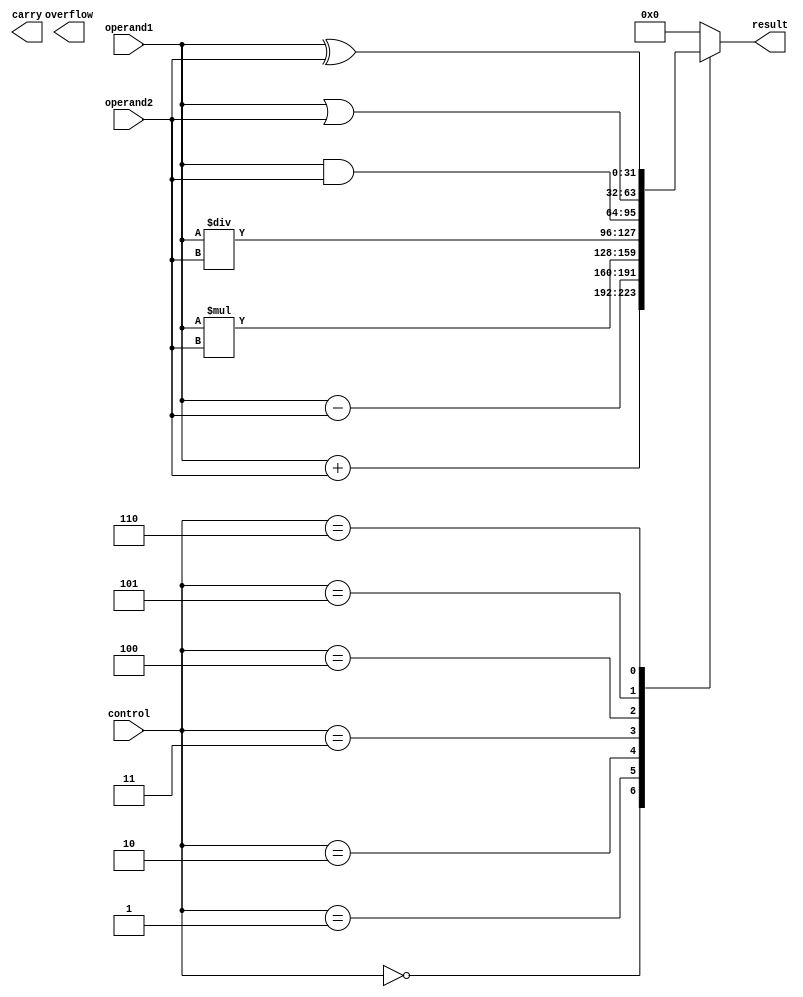
module ALU(
    input [31:0] operand1,
    input [31:0] operand2,
    input [2:0] control,
    output reg [31:0] result,
    output reg carry,
    output reg overflow
);

always @(*)
begin
    case(control)
        3'b000: result = operand1 + operand2; // addition
        3'b001: result = operand1 - operand2; // subtraction
        3'b010: result = operand1 * operand2; // multiplication
        3'b011: result = operand1 / operand2; // division
        3'b100: result = operand1 & operand2; // AND
        3'b101: result = operand1 | operand2; // OR
        3'b110: result = operand1 ^ operand2; // XOR
        default: result = 32'b0;
    endcase
    
    // Check for carry and overflow flags
    // Add logic here to set carry and overflow flags as needed
    
end
endmodule